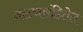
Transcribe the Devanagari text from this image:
नाट्यसंहितेत